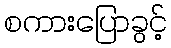
စကားပြောခွင့်